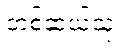
တစ်ဆယ့်သုံး။